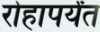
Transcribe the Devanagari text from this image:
रोहापर्यंत